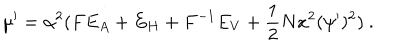
\mu ^ { \prime } = \alpha ^ { 2 } ( F E _ { A } + E _ { H } + F ^ { - 1 } E _ { V } + { \frac { 1 } { 2 } } N x ^ { 2 } ( \psi ^ { \prime } ) ^ { 2 } ) \ .